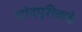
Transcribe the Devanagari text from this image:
चांदपुरीकडे